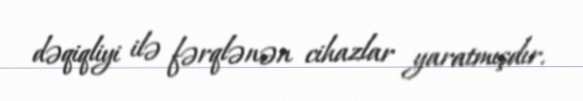
dəqiqliyi ilə fərqlənən cihazlar yaratmışdır.